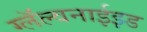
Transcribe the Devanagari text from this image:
ग्लॅल्वनाईझ्ड